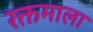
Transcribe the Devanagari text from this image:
रक्तमाला